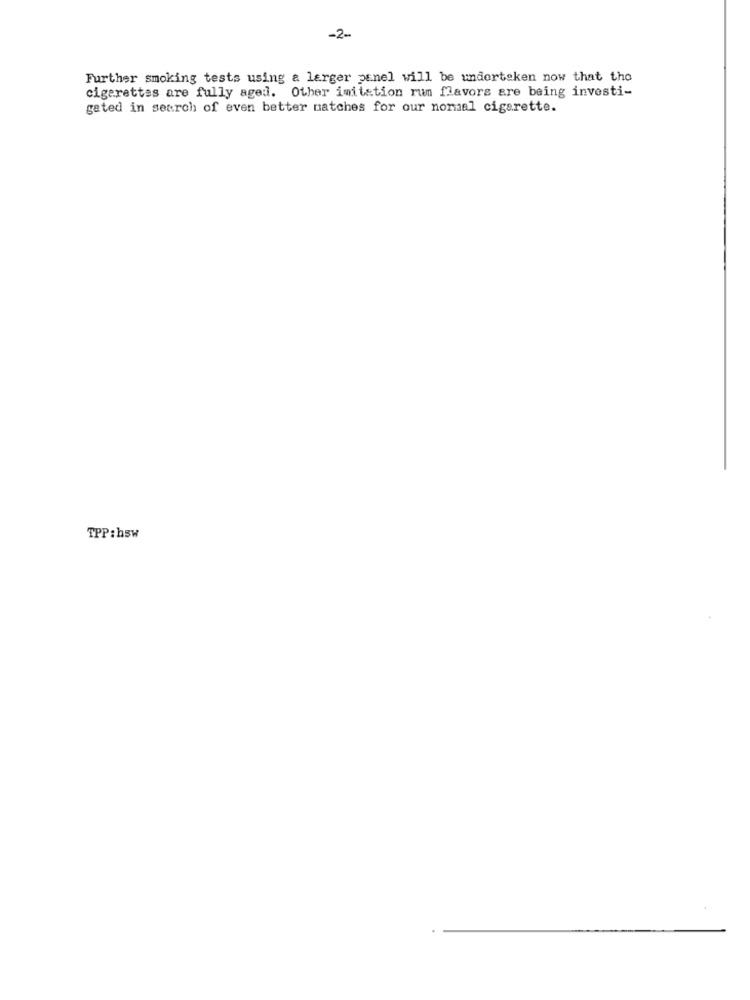
-2-
Further smoking tests using a larger panel will be undertaken now that the
cigarettes are fully aged. Other imitation rum flavors are being investi-
gated in search of even better matches for our nomal cigarette.
TPP:hsw